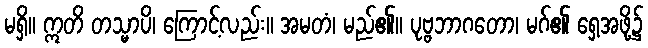
မရှိ။ ဣတိ တသ္မာပိ၊ ကြောင့်လည်း။ အမတံ၊ မည်၏။ ပုဗ္ဗဘာဂတော၊ မဂ်၏ ရှေ့အဖို့၌